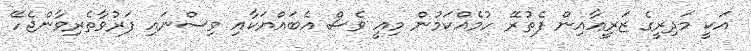
އަކީ މަދިރީގެ ޒަރީޢާއިން ފެތުރޭ ހުމެއްކަމުން މިއީ ވެސް އެބައްޔަކާއި ވިސްނައި ފަރުވާތެރިވާންޖެހޭ